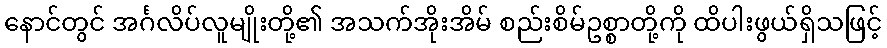
နောင်တွင် အင်္ဂလိပ်လူမျိုးတို့၏ အသက်အိုးအိမ် စည်းစိမ်ဥစ္စာတို့ကို ထိပါးဖွယ်ရှိသဖြင့်